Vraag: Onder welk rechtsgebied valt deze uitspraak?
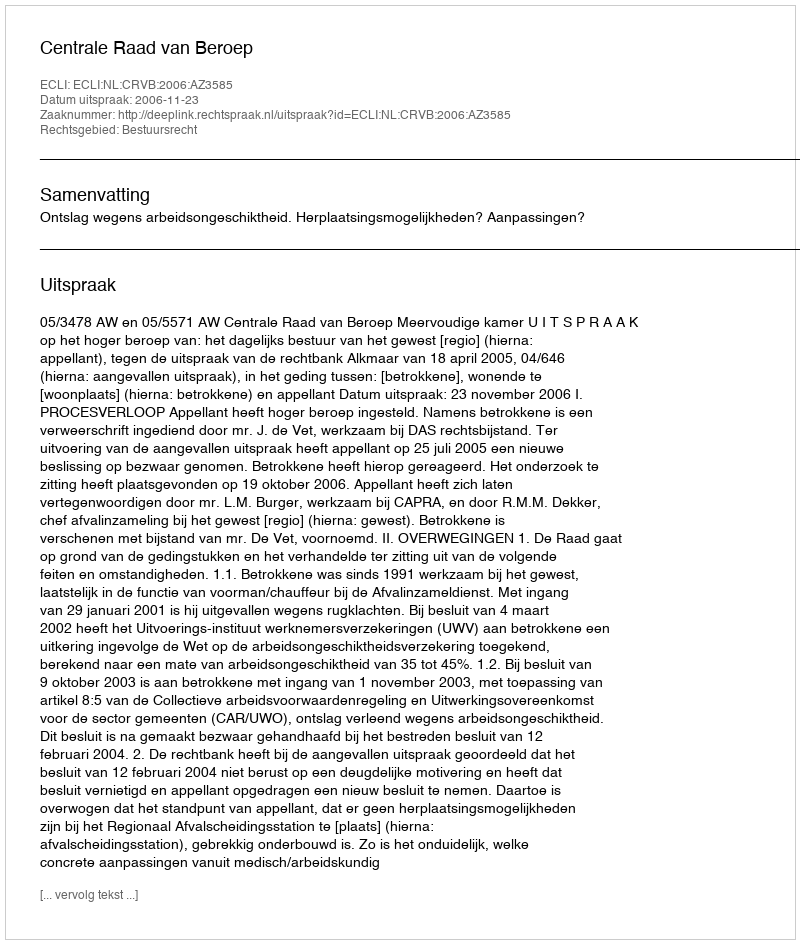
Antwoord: Bestuursrecht